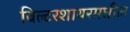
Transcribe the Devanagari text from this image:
विल्टरशायरमधील